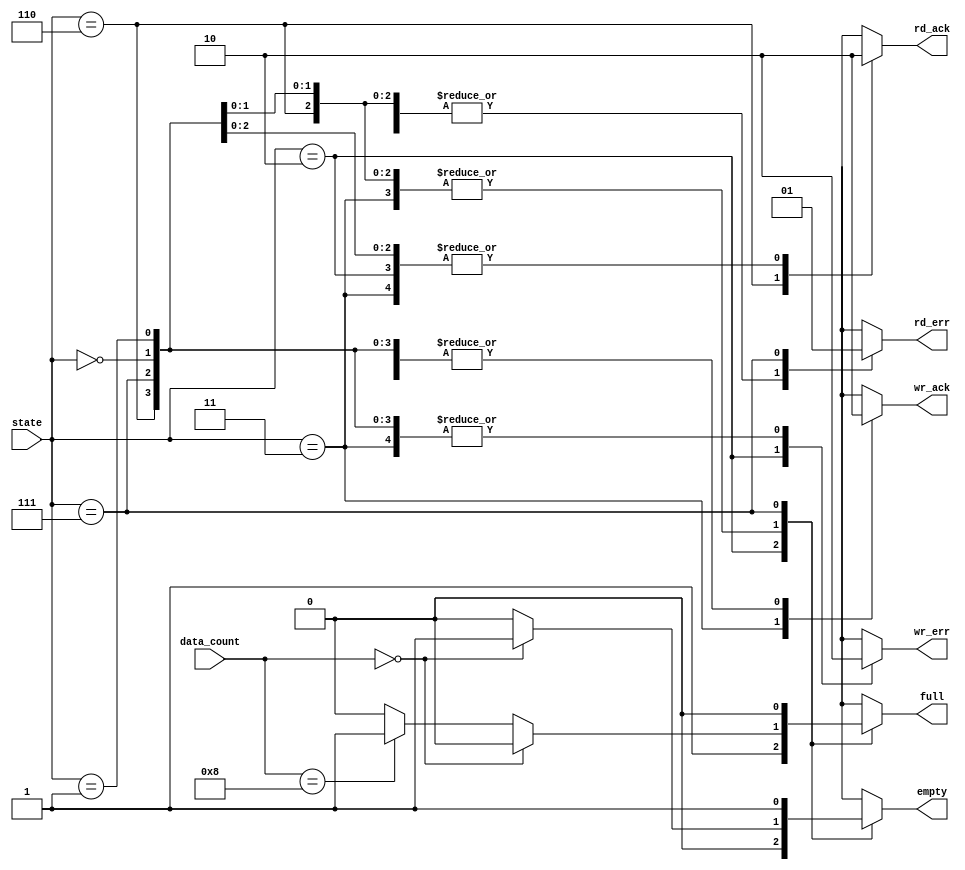
module fifo_out(state, data_count, full, empty, wr_ack, wr_err, rd_ack, rd_err);

	input [2:0] state;												// 3bits input port
	input [3:0]	data_count;											// 4bits input port
	output full, empty, wr_ack, wr_err, rd_ack, rd_err;	// output ports
	reg full, empty, wr_ack, wr_err, rd_ack, rd_err;		// regs
	
	// parameters
	parameter INIT = 3'b000;
	parameter NO_OP = 3'b001;
	parameter WRITE = 3'b011;
	parameter WR_ERROR = 3'b010;
	parameter READ = 3'b110;
	parameter RD_ERROR = 3'b111;	
	
	// define output
	always @ (data_count or state) begin
		if	(data_count == 4'b0000) 			begin full <= 1'b0; empty <= 1'b1; end	// case1. when queue is empty
		else if(data_count == 4'b1000)		begin full <= 1'b1; empty <= 1'b0; end	// case2. when queue is full
		else 											begin full <= 1'b0; empty <= 1'b0; end	// case3. the others

		// output for each states
		case(state)
			// Transition rules for state INIT
			INIT		: begin wr_ack <= 1'b0; wr_err <= 1'b0; rd_ack <= 1'b0; rd_err <= 1'b0; end
			// Transition rules for state NO_OP
			NO_OP		: begin wr_ack <= 1'b0; wr_err <= 1'b0; rd_ack <= 1'b0; rd_err <= 1'b0; end
			// Transition rules for state WRITE
			WRITE		: begin wr_ack <= 1'b1; wr_err <= 1'b0; rd_ack <= 1'b0; rd_err <= 1'b0; end
			// Transition rules for state WR_ERROR
			WR_ERROR	: begin wr_ack <= 1'b0; wr_err <= 1'b1; rd_ack <= 1'b0; rd_err <= 1'b0; full <= 1'b1; empty <= 1'b0; end
			// Transition rules for state READ
			READ		: begin wr_ack <= 1'b0; wr_err <= 1'b0; rd_ack <= 1'b1; rd_err <= 1'b0; end
			// Transition rules for state RD_ERROR
			RD_ERROR	: begin wr_ack <= 1'b0; wr_err <= 1'b0; rd_ack <= 1'b0; rd_err <= 1'b1; full <= 1'b0; empty <= 1'b1; end
		
			default: begin wr_ack <= 1'bx; wr_err <= 1'bx; rd_ack <= 1'bx; rd_err <= 1'bx; full <= 1'bx; empty <= 1'bx; end
		
		endcase
	end
	
endmodule